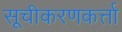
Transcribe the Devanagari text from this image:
सूचीकरणकर्त्ता